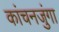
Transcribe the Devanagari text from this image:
कांचनजुंगा